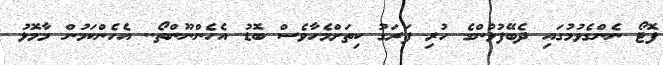
ފޮޓޯ ނެންގެވުމުގައި ދެބޭފުޅުންގެ ހުރި ފަރަގު ކިތަށްމެހާވެސް ބޮޑު އެހެންނޫންތޯ.. އެހެންކަމުން މާމޮޅު